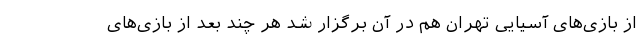
از بازی‌های آسیایی تهران هم در آن برگزار شد هر چند بعد از بازی‌های